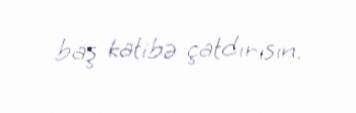
baş katibə çatdırısın.